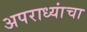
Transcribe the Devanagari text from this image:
अपराध्यांचा